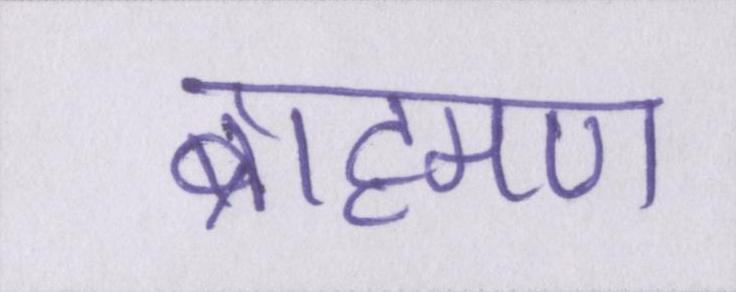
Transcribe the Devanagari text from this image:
ब्राह्मण